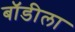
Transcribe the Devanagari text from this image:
बॉडीला